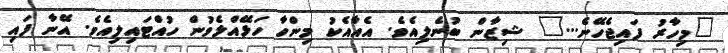
"މިހާރު ފައިޖެހޭނެ..." ޝިޒާން ބުނެލިއެވެ. އެއާއެކު މިންހާ ހަޅޭއްލެވުން ހުއްޓައިލިއެވެ. އޭނާ ފައި